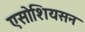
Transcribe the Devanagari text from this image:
एसोशियसन